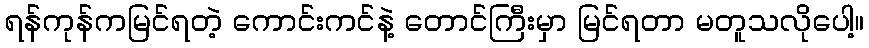
ရန်ကုန်ကမြင်ရတဲ့ ကောင်းကင်နဲ့ တောင်ကြီးမှာ မြင်ရတာ မတူသလိုပေါ့။